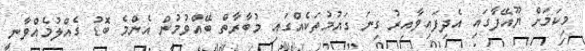
މިކަމަށް ޔޫއޭފާގައި އެދިފައިވާއިރު ގިނަ ގައުމުތަކެއްގައި މުބާރާތް ބޭއްވުމުން އެންމެ ބޮޑު ގެއްލުމެއްވާނީ